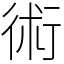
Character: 術